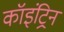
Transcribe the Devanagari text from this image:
कॉइंट्रिन